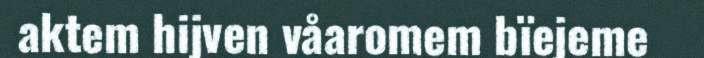
aktem hijven våaromem bïejeme